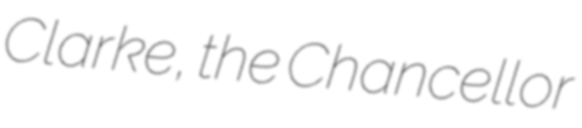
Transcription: Clarke, the Chancellor